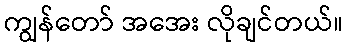
ကျွန်တော် အအေး လိုချင်တယ်။